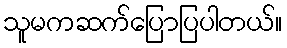
သူမကဆက်ပြောပြပါတယ်။